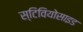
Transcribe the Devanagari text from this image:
स्टिवियोसाइड